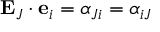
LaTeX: \ \mathbf { E } _ { J } \cdot \mathbf { e } _ { i } = \alpha _ { J i } = \alpha _ { i J }